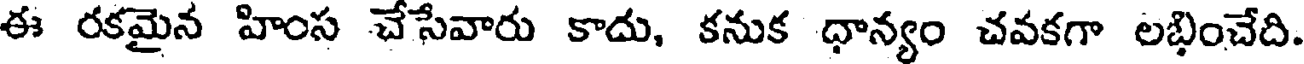
ఈ రకమైన హింస చేసేవారు కాదు, కనుక ధాన్యం చవకగా లభించేది.